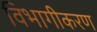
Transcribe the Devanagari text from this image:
विभागीकरण